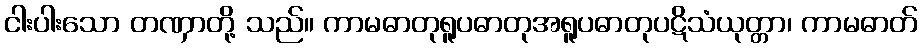
ငါးပါးသော တဏှာတို့ သည်။ ကာမဓာတုရူပဓာတုအရူပဓာတုပဋိသံယုတ္တာ၊ ကာမဓာတ်